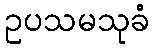
ဥပသမသုခံ